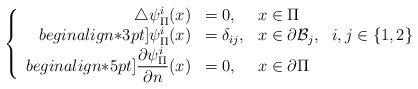
\begin{align*} \left\{\begin{array}{r l l }\triangle \psi^i_{\Pi}(x) & = 0, & x\in\Pi\\begin{align*}3pt]\psi^i_{\Pi}(x) & =\delta_{ij}, & \displaystyle x\in\partial \mathcal{B}_j,~~i,j\in\{1,2\}\\begin{align*}5pt]\displaystyle \frac{\partial \psi^i_{\Pi}}{\partial n}(x) & = 0, & x\in \partial\Pi\end{array}\right.\end{align*}